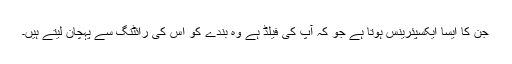
جن کا ایسا ایکسپئرینس ہوتا ہے جو کہ آپ کی فیلڈ ہے وہ بندے کو اس کی رائٹنگ سے پہچان لیتے ہیں۔